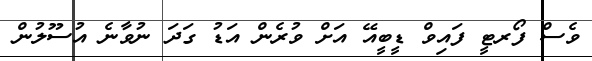
ވެސް ފޯރޓީ ފައިވް ޑީބީއޭ އަށް ވުރެން އަޑު ގަދަ ނުވާނެ އުސޫލުން